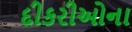
દીકરીઓના